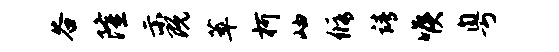
谷隆示既萃柯岫修靖喉粤